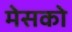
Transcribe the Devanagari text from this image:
मेसको